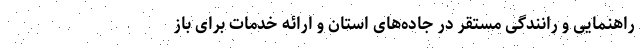
راهنمایی و رانندگی مستقر در جاده‌های استان و ارائه خدمات برای باز